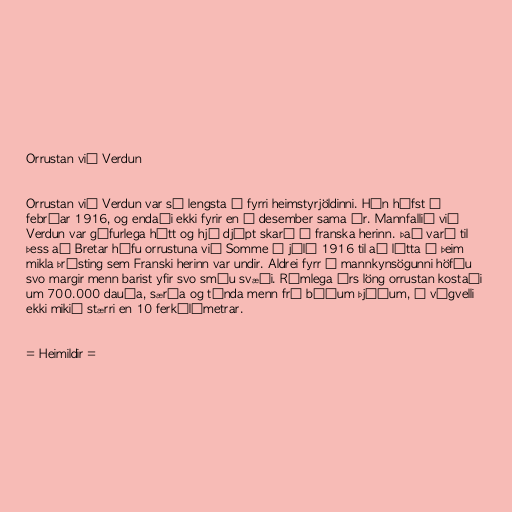
Orrustan við Verdun

Orrustan við Verdun var sú lengsta í fyrri heimstyrjöldinni. Hún hófst í
febrúar 1916, og endaði ekki fyrir en í desember sama ár. Mannfallið við
Verdun var gífurlega hátt og hjó djúpt skarð í franska herinn. Það varð til
þess að Bretar hófu orrustuna við Somme í júlí 1916 til að létta á þeim
mikla þrýsting sem Franski herinn var undir. Aldrei fyrr í mannkynsögunni höfðu
svo margir menn barist yfir svo smáu svæði. Rúmlega árs löng orrustan kostaði
um 700.000 dauða, særða og týnda menn frá báðum þjóðum, á vígvelli
ekki mikið stærri en 10 ferkílómetrar.

= Heimildir =